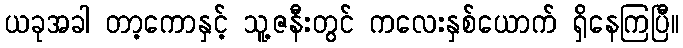
ယခုအခါ တာ့ကောနှင့် သူ့ဇနီးတွင် ကလေးနှစ်ယောက် ရှိနေကြပြီ။